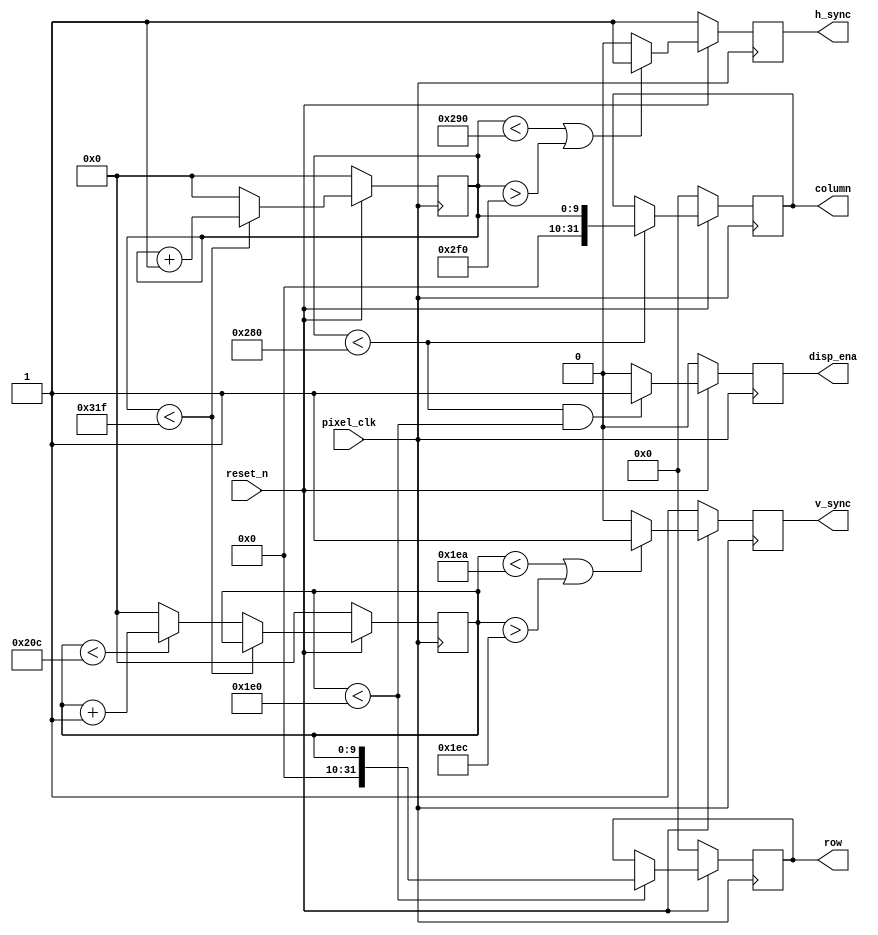
// Definitely do not modify this file
//
// 2018/02/05 Compiled by M. Hildebrand from various sources

module vga_controller #(
   parameter h_pixels   = 640,   // horizontal display
   parameter h_fp       = 16,    // horizontal Front Porch
   parameter h_pulse    = 96,    // horizontal sync pulse
   parameter h_bp       = 48,    // horizontal back porch
   parameter h_pol      = 1'b0,  // horizontal sync polarity (1 = positive, 0 = negative)
   parameter v_pixels   = 480,   // vertical display
   parameter v_fp       = 10,    // vertical front porch
   parameter v_pulse    = 2,     // vertical pulse
   parameter v_bp       = 33,    // vertical back porch
   parameter v_pol      = 1'b0   // vertical sync polarity (1 = positive, 0 = negative)
)( input pixel_clk,           // Pixel clock
   input reset_n,             // Active low synchronous reset
   output reg h_sync,         // horizontal sync signal
   output reg v_sync,         // vertical sync signal
   output reg disp_ena,       // display enable (0 = all colors must be blank)
   output reg [31:0] column,  // horizontal pixel coordinate
   output reg [31:0] row      // vertical pixel coordinate
   );

   // Get total number of row and column pixel clocks
   localparam h_period = h_pulse + h_bp + h_pixels + h_fp;
   localparam v_period = v_pulse + v_bp + v_pixels + v_fp;

   // Full range counters
   reg [$clog2(h_period)-1:0] h_count;
   reg [$clog2(v_period)-1:0] v_count;

   always @(posedge pixel_clk) begin
      // Perform reset operations if needed
      if (reset_n == 1'b0) begin
         h_count  <= 0;
         v_count  <= 0;
         h_sync   <= ~ h_pol;
         v_sync   <= ~ v_pol;
         disp_ena <= 1'b0;
         column   <= 0;
         row      <= 0;
      end else begin

         // Pixel Counters
         if (h_count < h_period - 1) begin
            h_count <= h_count + 1;
         end else begin
            h_count <= 0;
            if (v_count < v_period - 1) begin
               v_count <= v_count + 1;
            end else begin
               v_count <= 0;
            end
         end

         // Horizontal Sync Signal
         if ( (h_count < h_pixels + h_fp) || (h_count > h_pixels + h_fp + h_pulse) ) begin
            h_sync <= ~ h_pol;
         end else begin
            h_sync <= h_pol;
         end

         // Vertical Sync Signal
         if ( (v_count < v_pixels + v_fp) || (v_count > v_pixels + v_fp + v_pulse) ) begin
            v_sync <= ~ v_pol;
         end else begin
            v_sync <= v_pol;
         end

         // Update Pixel Coordinates
         if (h_count < h_pixels) begin
            column <= h_count;
         end

         if (v_count < v_pixels) begin
            row <= v_count;
         end

         // Set display enable output
         if (h_count < h_pixels && v_count < v_pixels) begin
            disp_ena <= 1'b1;
         end else begin
            disp_ena <= 1'b0;
         end
      end
   end

endmodule